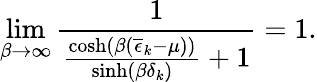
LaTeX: \operatorname*{lim}_{\beta\to\infty}\frac{1}{\frac{\cosh\left(\beta(\overline{{\epsilon}}_{k}-\mu)\right)}{\sinh\left(\beta\delta_{k}\right)}+1}=1.